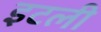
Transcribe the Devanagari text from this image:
इटली